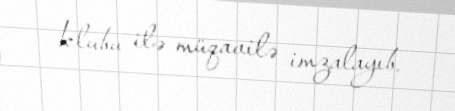
klubu ilə müqavilə imzalayıb.